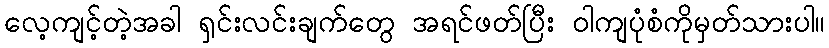
လေ့ကျင့်တဲ့အခါ ရှင်းလင်းချက်တွေ အရင်ဖတ်ပြီး ဝါကျပုံစံကိုမှတ်သားပါ။